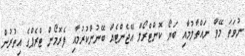
ނުވަތަ މޭވާ ނައްތާލުމާއި ބަޔޯ ކޮންޓްރޯލް އޭޖެންޓެއް ބޭނުންކުރުމާއި ފެރޮމޯން ޓްރެޕްގެ އިތުރުން